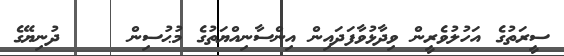
ސީރަތުގެ އަހުލުވެރީން ވިދާޅުވާފަދައިން އިންސާނިއްޔަތުގެ މުޙުސިން     ދުނިޔޭގެ